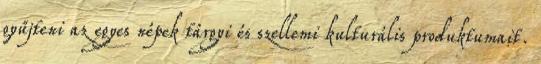
gyűjteni az egyes népek tárgyi és szellemi kulturális produktumait.